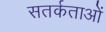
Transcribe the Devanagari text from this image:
सतर्कताओं